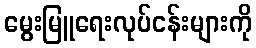
မွေးမြူရေးလုပ်ငန်းများကို